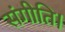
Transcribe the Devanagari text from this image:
संगीति।